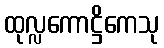
ထုလ္လကောဋ္ဌိကေသု